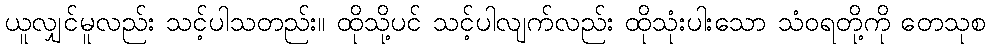
ယူလျှင်မူလည်း သင့်ပါသတည်း။ ထိုသို့ပင် သင့်ပါလျက်လည်း ထိုသုံးပါးသော သံဝရတို့ကို တေသုစ